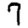
Digit: 7